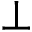
\bot